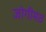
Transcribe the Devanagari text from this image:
जोगीमठ